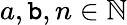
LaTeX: a,\mathtt{b},n\in\mathbb{{N}}